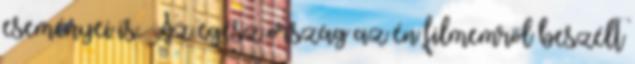
eseményei is. Az egész ország az én filmemről beszélt